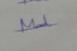
Signature authenticity: genuine